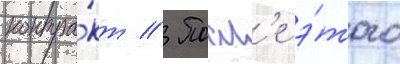
контра́кт // Посл'е э́того